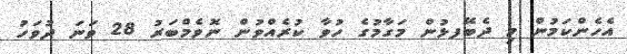
އެހެންކަމުން މި ދެބޭފޅުން މަގާމުގެ ހުވާ ކުރެއްވުން ނޮވެމްބަރު 28 ވަނަ ދުވަހު